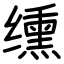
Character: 𫄸